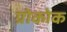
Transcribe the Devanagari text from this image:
ग्रोकोक